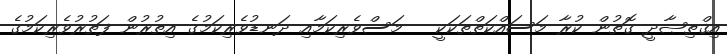
އިޤްތިޞާދީ ގޮތުން ކުރާ މަސައްކަތްތަކަކީ   މަސްވެރިކަމާއި ދަނޑުވެރިކަމުގެ އިތުރުން ފަތުރުވެރިކަމުގެ